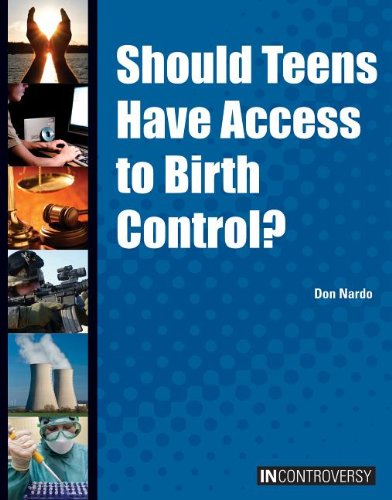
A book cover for Should Teens Have Access to Birth Control? (In Controversy); Don Nardo; Teen & Young Adult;